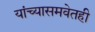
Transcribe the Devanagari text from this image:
यांच्यासमवेतही